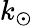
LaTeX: k_{\odot}